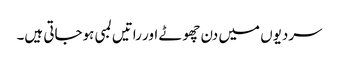
سردیوں میں دن چھوٹے اور راتیں لمبی ہوجاتی ہیں۔